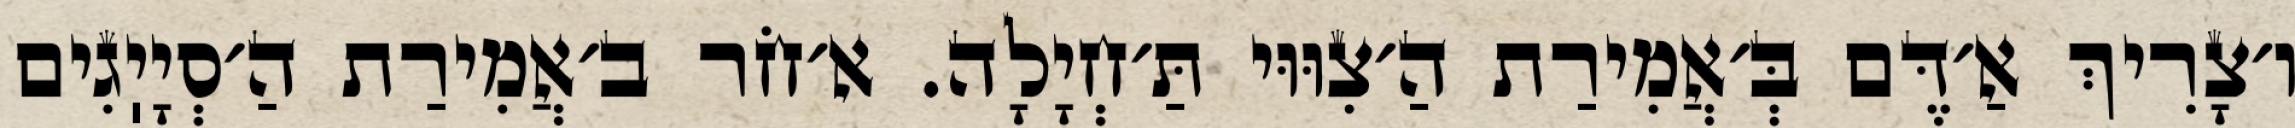
ו׳צָרִיךְ אַ׳דֶּם בְּ׳אֲמִירַת הַ׳צִוּוּי תַּ׳חְיָלָה. א׳חֹר ב׳אֲמִירַת הַ׳סְיָיֽגִים